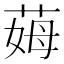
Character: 𦲝